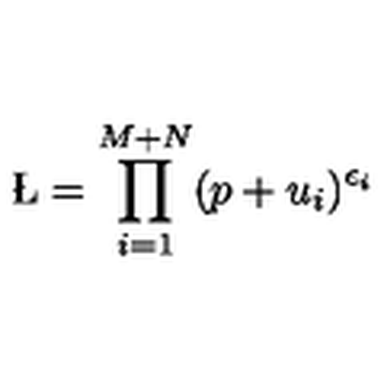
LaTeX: \L = \prod _ { i = 1 } ^ { M + N } ( p + u _ { i } ) ^ { \epsilon _ { i } }